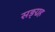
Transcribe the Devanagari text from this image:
सङ्ग्रह